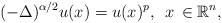
LaTeX: \begin{align*}(-\Delta)^{\alpha/2}u(x) = u(x)^{p},\,~x\, \in \mathbb{R}^n,\end{align*}